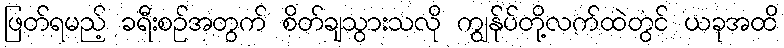
ဖြတ်ရမည့် ခရီးစဉ်အတွက် စိတ်ချသွားသလို ကျွန်ုပ်တို့လက်ထဲတွင် ယခုအထိ